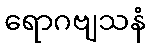
ရောဂဗျသနံ